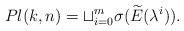
LaTeX: \begin{align*}Pl(k,n)=\sqcup_{i=0}^{m}\sigma(\widetilde{E}(\lambda^i)) .\end{align*}